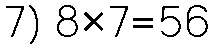
7) 8×7=56